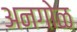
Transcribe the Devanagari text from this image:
अनगोळ